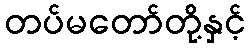
တပ်မတော်တို့နှင့်